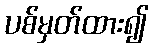
ပစ်မှတ်ထား၍